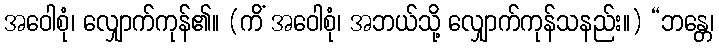
အဝေါစုံ၊ လျှောက်ကုန်၏။ (ကိံ အဝေါစုံ၊ အဘယ်သို့ လျှောက်ကုန်သနည်း။) “ဘန္တေ၊